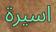
اسيرة